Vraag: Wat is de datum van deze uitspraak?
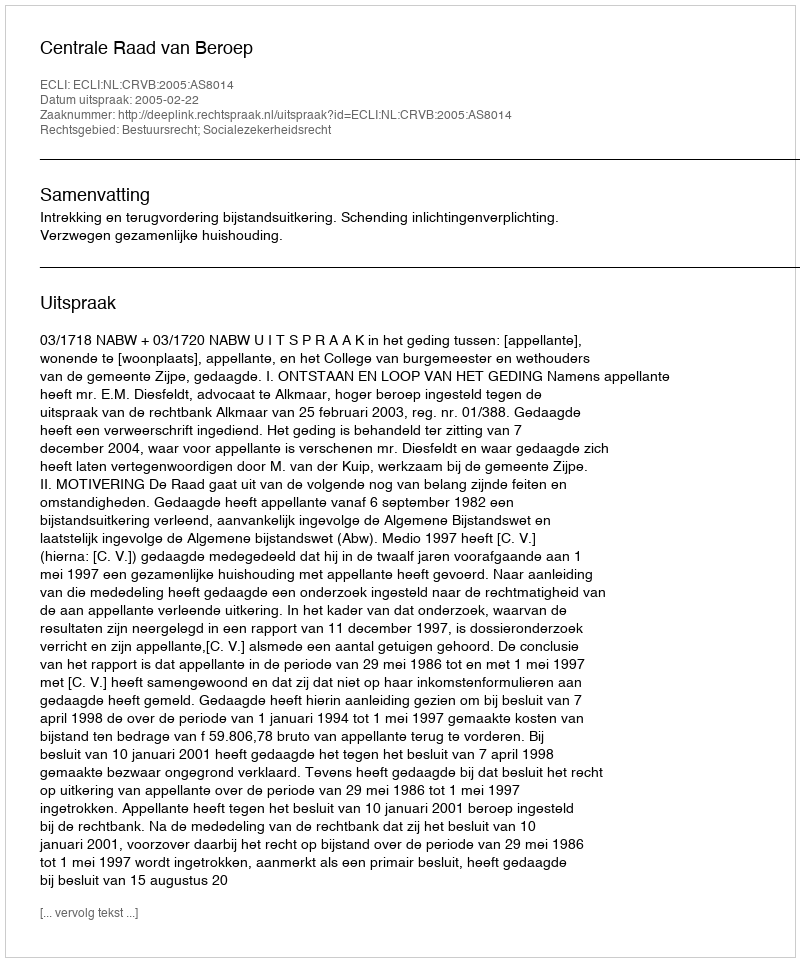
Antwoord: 2005-02-22